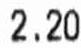
2.20